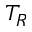
T _ { R }